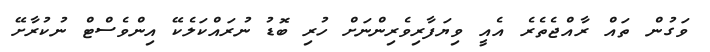
ވަގުން ތައް ރާއްޖެތެރެ އެއީ ވިޔަފާރިވެރިންނަށް ހުރި ބޮޑު ނުރައްކަލެކޭ އިންވެސްޓް ނުކުރާށޭ